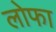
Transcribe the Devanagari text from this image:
लोफा